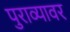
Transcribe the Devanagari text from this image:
पुराव्यावर